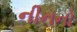
નીનનો